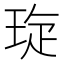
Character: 琁